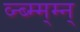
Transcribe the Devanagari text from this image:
व्न्ब्म्म्म्न्